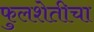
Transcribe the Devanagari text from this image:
फुलशेतीचा